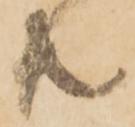
共